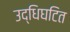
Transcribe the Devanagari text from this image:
उद्धिघटित